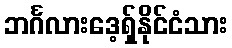
ဘင်္ဂလားဒေ့ရှ်နိုင်ငံသား